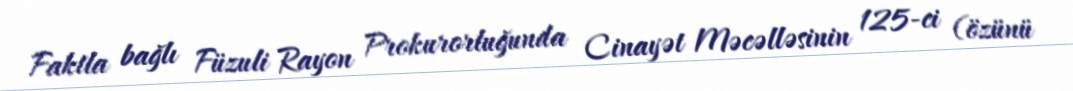
Faktla bağlı Füzuli Rayon Prokurorluğunda Cinayət Məcəlləsinin 125-ci (özünü